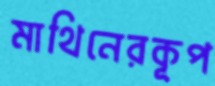
মাথিনেরকূপ